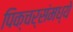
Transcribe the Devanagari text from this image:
पिक्चर्संमध्ये